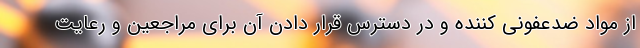
از مواد ضدعفونی کننده و در دسترس قرار دادن آن برای مراجعین و رعایت